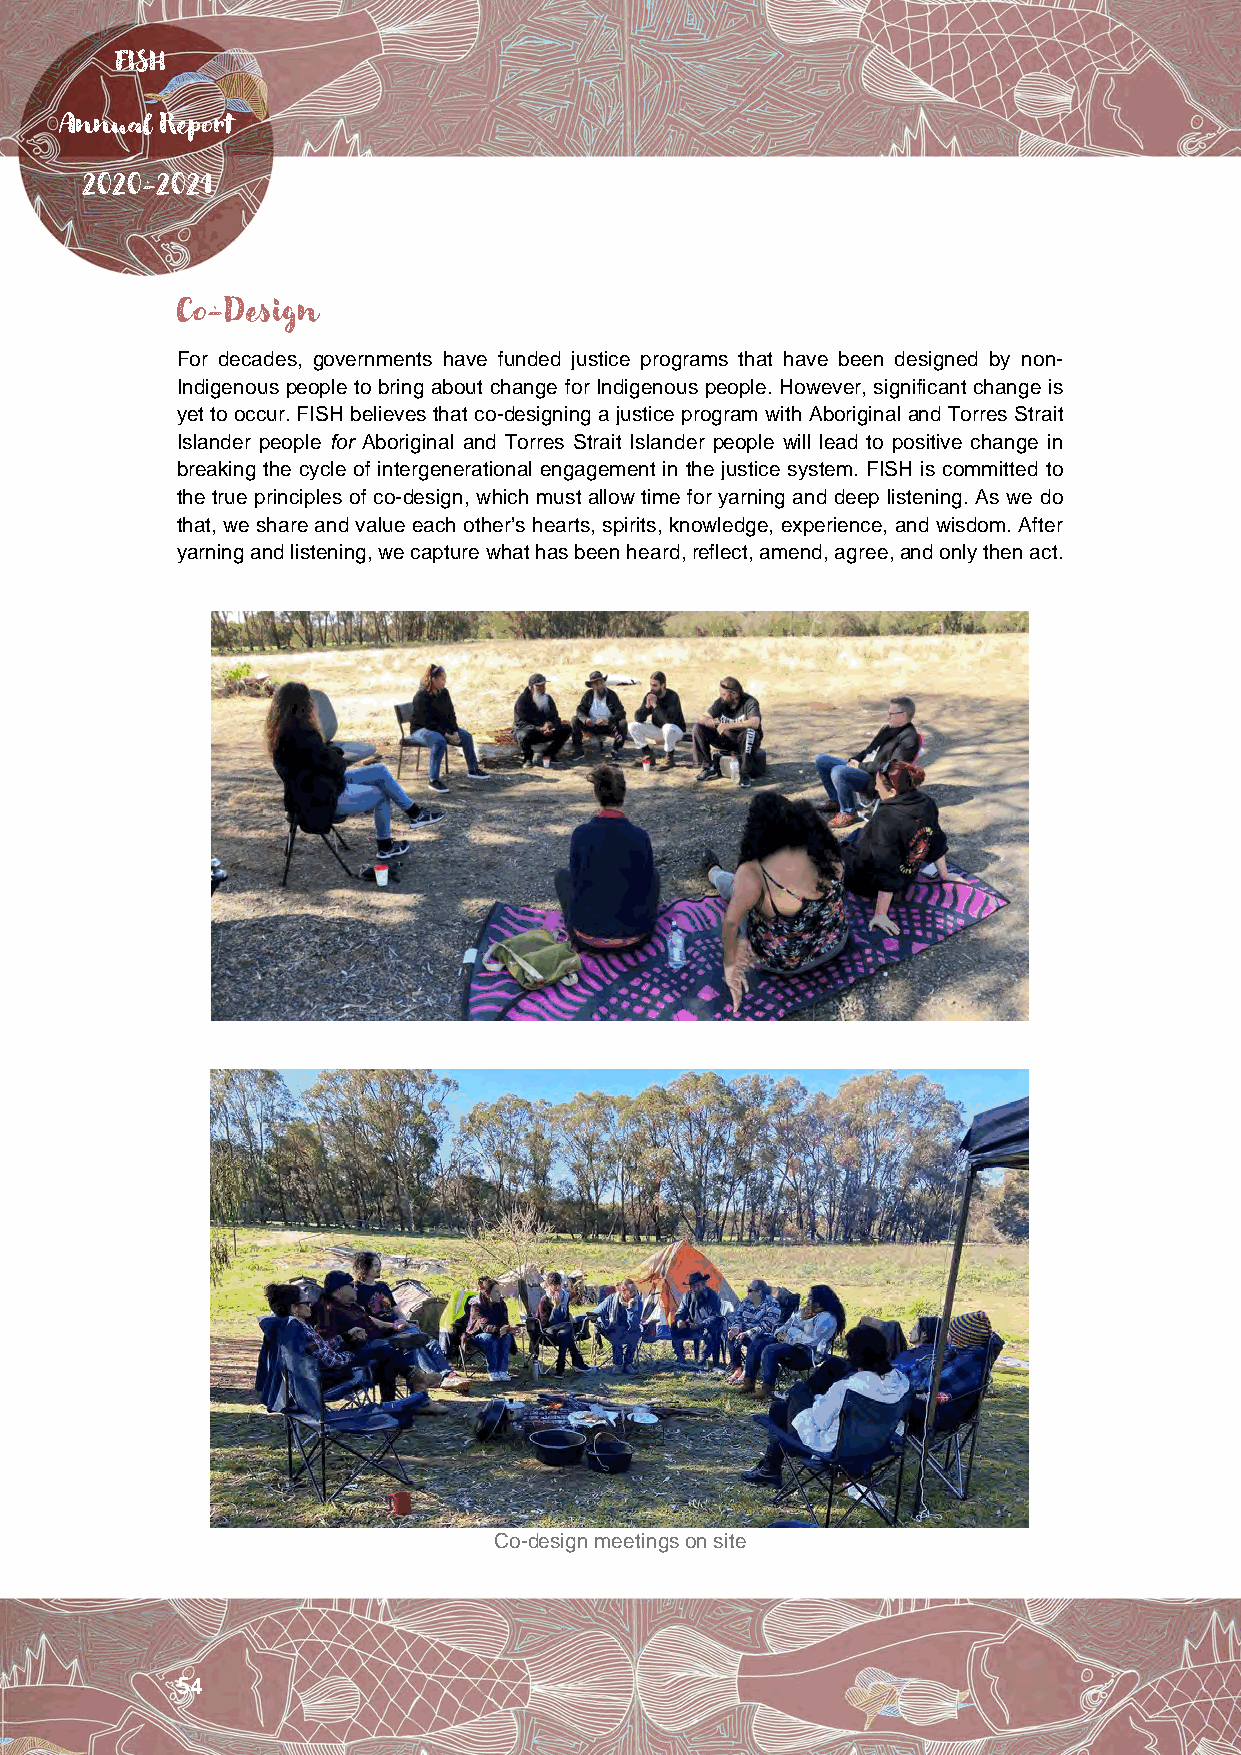
FISH
 Annual Report
 2020-2021
 Co-Design
 For decades, governments have funded justice programs that have been designed by non-
 Indigenous people to bring about change for Indigenous people. However, significant change is
 yet to occur. FISH believes that co-designing a justice program with Aboriginal and Torres Strait
 Islander people for Aboriginal and Torres Strait Islander people will lead to positive change in
 breaking the cycle of intergenerational engagement in the justice system. FISH is committed to
 the true principles of co-design, which must allow time for yarning and deep listening. As we do
 that, we share and value each other’s hearts, spirits, knowledge, experience, and wisdom. After
 yarning and listening, we capture what has been heard, reflect, amend, agree, and only then act.
 Co-design meetings on site
 54